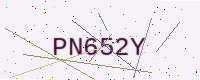
Text: PN652Y